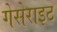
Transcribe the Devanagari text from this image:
गेसेराइट